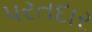
પરતદાર